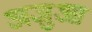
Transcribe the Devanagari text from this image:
अजुआ